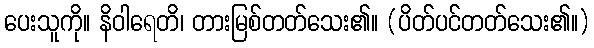
ပေးသူကို။ နိဝါရေတိ၊ တားမြစ်တတ်သေး၏။ (ပိတ်ပင်တတ်သေး၏။)